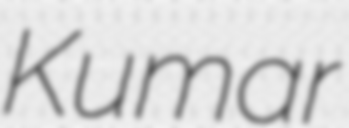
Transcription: Kumar